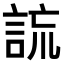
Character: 𧧢